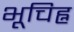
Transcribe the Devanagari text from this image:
भूचिह्न